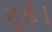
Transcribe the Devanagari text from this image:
हुर्ईं।